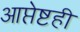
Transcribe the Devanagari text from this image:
आप्तेष्टही